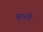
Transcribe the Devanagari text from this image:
बानने